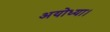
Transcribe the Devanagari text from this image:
अयोध्या।